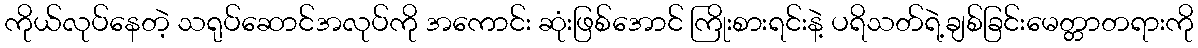
ကိုယ်လုပ်နေတဲ့ သရုပ်ဆောင်အလုပ်ကို အကောင်း ဆုံးဖြစ်အောင် ကြိုးစားရင်းနဲ့ ပရိသတ်ရဲ့ချစ်ခြင်းမေတ္တာတရားကို